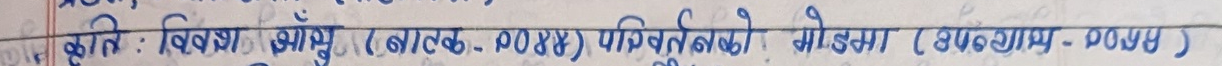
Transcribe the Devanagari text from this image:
कृति : विवश आँसु (नाटक - २०४४) परिवर्तनको मोडमा (उपन्यास - DOYY)